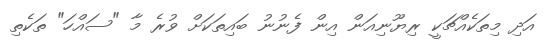
އަދި މިތަކެއްޗަކީ ރިޔޫނިއަން އިން ފެނުނު ބައިތަކަށް ވުރެ މާ "ސައްހަ" ތަކެތި